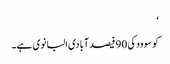
‘
کوسووو کی 90 فیصد آبادی البانوی ہے۔